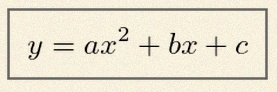
y=ax^2+bx+c